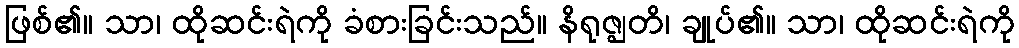
ဖြစ်၏။ သာ၊ ထိုဆင်းရဲကို ခံစားခြင်းသည်။ နိရုဇ္ဈတိ၊ ချုပ်၏။ သာ၊ ထိုဆင်းရဲကို